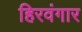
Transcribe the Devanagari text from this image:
हिरवंगार